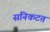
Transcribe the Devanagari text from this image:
संनिकटत